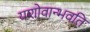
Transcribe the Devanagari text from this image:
यशोवान्भवति